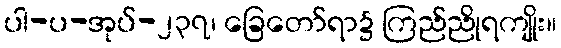
ပါ-ပ-အုပ်-၂၃၇၊ ခြေတော်ရာ၌ ကြည်ညိုရကျိုး။